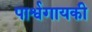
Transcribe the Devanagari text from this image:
पार्श्वगायकी